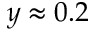
y \approx 0 . 2